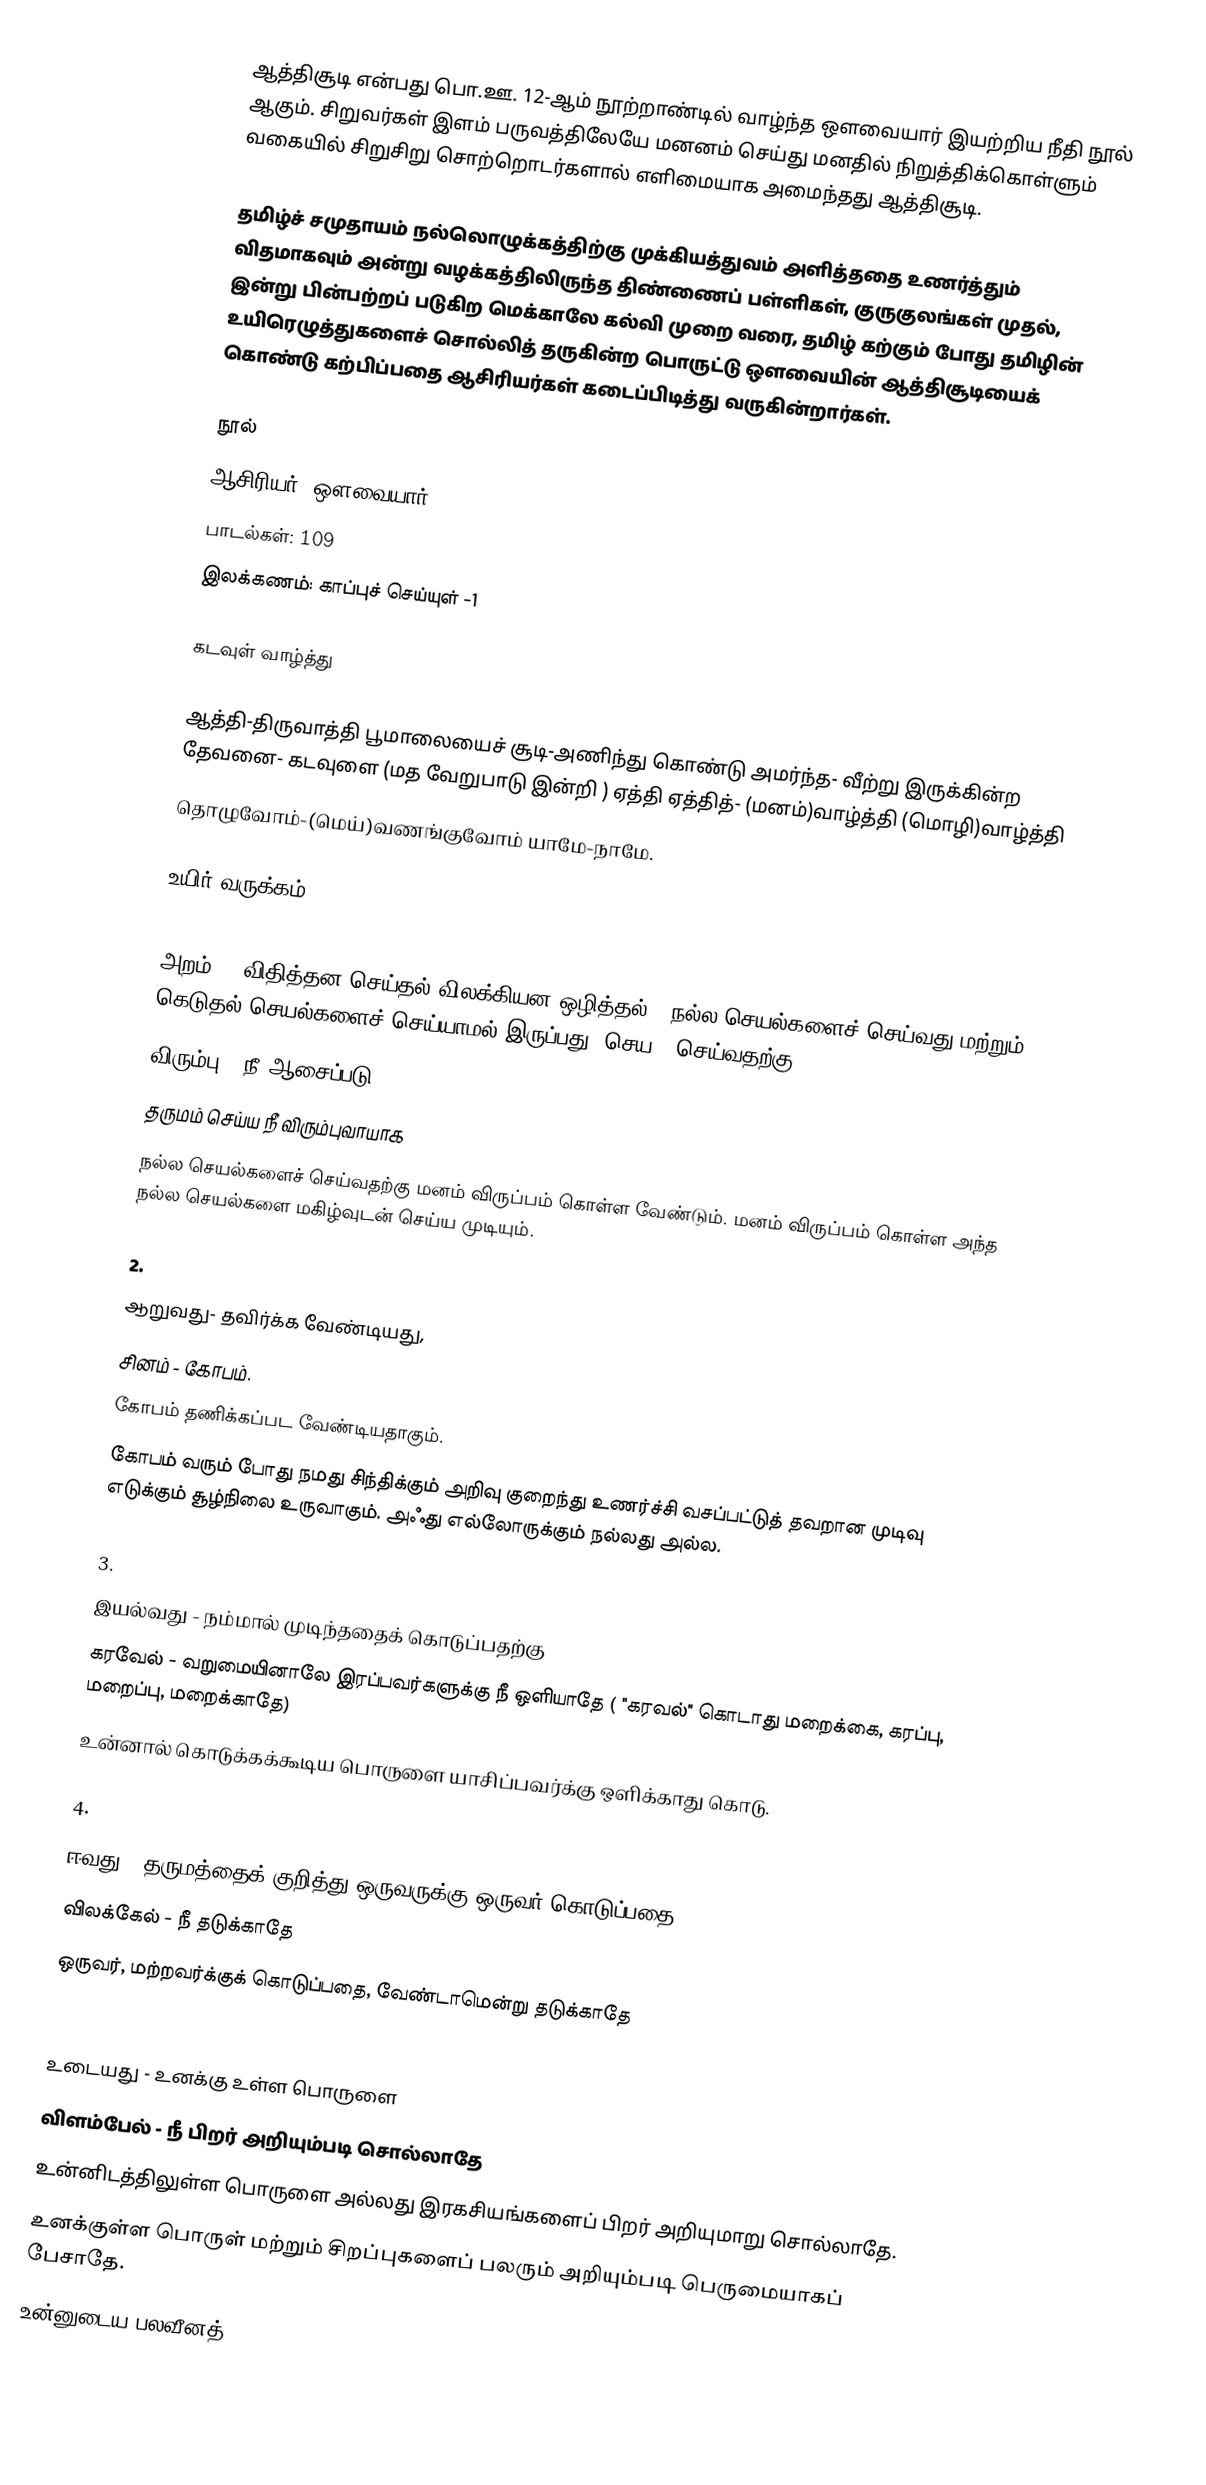
ஆத்திசூடி என்பது பொ.ஊ. 12-ஆம் நூற்றாண்டில் வாழ்ந்த ஔவையார் இயற்றிய நீதி நூல் ஆகும். சிறுவர்கள் இளம் பருவத்திலேயே மனனம் செய்து மனதில் நிறுத்திக்கொள்ளும் வகையில் சிறுசிறு சொற்றொடர்களால் எளிமையாக அமைந்தது ஆத்திசூடி.

தமிழ்ச் சமுதாயம் நல்லொழுக்கத்திற்கு முக்கியத்துவம் அளித்ததை உணர்த்தும் விதமாகவும் அன்று வழக்கத்திலிருந்த திண்ணைப் பள்ளிகள், குருகுலங்கள் முதல், இன்று பின்பற்றப் படுகிற மெக்காலே கல்வி முறை வரை, தமிழ் கற்கும் போது தமிழின் உயிரெழுத்துகளைச் சொல்லித் தருகின்ற பொருட்டு ஔவையின் ஆத்திசூடியைக் கொண்டு கற்பிப்பதை ஆசிரியர்கள் கடைப்பிடித்து வருகின்றார்கள்.

நூல்
 ஆசிரியர்: ஔவையார்
 பாடல்கள்: 109
 இலக்கணம்: காப்புச் செய்யுள் -1

கடவுள் வாழ்த்து

ஆத்தி-திருவாத்தி பூமாலையைச் சூடி-அணிந்து கொண்டு அமர்ந்த- வீற்று இருக்கின்ற    தேவனை- கடவுளை (மத வேறுபாடு இன்றி ) ஏத்தி ஏத்தித்- (மனம்)வாழ்த்தி (மொழி)வாழ்த்தி
தொழுவோம்-(மெய்)வணங்குவோம் யாமே-நாமே.

உயிர் வருக்கம்
1.
அறம் – (விதித்தன செய்தல் விலக்கியன ஒழித்தல் – நல்ல செயல்களைச் செய்வது மற்றும் கெடுதல் செயல்களைச் செய்யாமல் இருப்பது) செய – செய்வதற்கு,
விரும்பு – நீ ஆசைப்படு.
தருமம் செய்ய நீ விரும்புவாயாக
நல்ல செயல்களைச் செய்வதற்கு மனம் விருப்பம் கொள்ள வேண்டும். மனம் விருப்பம் கொள்ள அந்த நல்ல செயல்களை மகிழ்வுடன் செய்ய முடியும்.

2.
ஆறுவது- தவிர்க்க வேண்டியது,
சினம் - கோபம்.
கோபம் தணிக்கப்பட வேண்டியதாகும்.
கோபம் வரும் போது நமது சிந்திக்கும் அறிவு குறைந்து உணர்ச்சி வசப்பட்டுத் தவறான முடிவு எடுக்கும் சூழ்நிலை உருவாகும். அஃது எல்லோருக்கும் நல்லது அல்ல.

3.
இயல்வது - நம்மால் முடிந்ததைக் கொடுப்பதற்கு
கரவேல் -  வறுமையினாலே இரப்பவர்களுக்கு நீ ஒளியாதே ( "கரவல்" கொடாது மறைக்கை, கரப்பு, மறைப்பு, மறைக்காதே)
உன்னால் கொடுக்கக்கூடிய பொருளை யாசிப்பவர்க்கு ஒளிக்காது கொடு.

4.
ஈவது - தருமத்தைக் குறித்து ஒருவருக்கு ஒருவர் கொடுப்பதை
விலக்கேல் - நீ  தடுக்காதே
ஒருவர், மற்றவர்க்குக் கொடுப்பதை, வேண்டாமென்று தடுக்காதே

5.
உடையது - உனக்கு உள்ள பொருளை
விளம்பேல் - நீ பிறர் அறியும்படி  சொல்லாதே
உன்னிடத்திலுள்ள பொருளை அல்லது இரகசியங்களைப் பிறர் அறியுமாறு சொல்லாதே.
உனக்குள்ள பொருள் மற்றும் சிறப்புகளைப் பலரும் அறியும்படி பெருமையாகப் பேசாதே.
உன்னுடைய பலவீனத்